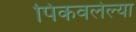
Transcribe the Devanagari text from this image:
पिकवलेल्या